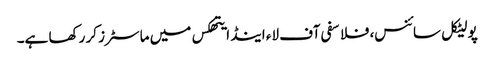
پولیٹکل سائنس، فلاسفی آف لاء اینڈ ایتھکس میں ماسٹرز کر رکھا ہے۔